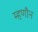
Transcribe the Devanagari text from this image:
म्हणौन